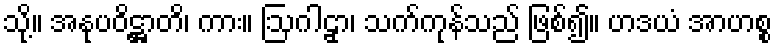
သို့။ အနုပဝိဋ္ဌာတိ၊ ကား။ ဩဂါဠှာ၊ သက်ကုန်သည် ဖြစ်၍။ ဟဒယံ အာဟစ္စ